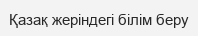
Қазақ жеріндегі білім беру